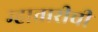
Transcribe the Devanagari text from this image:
म्हातारीची